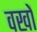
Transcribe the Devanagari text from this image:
वखों